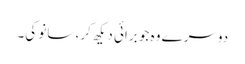
دوسرے وہ جو برائی دیکھ کر، سانو کی۔